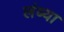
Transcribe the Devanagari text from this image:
लंब्या